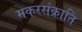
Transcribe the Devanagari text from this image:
मकरसंक्राति